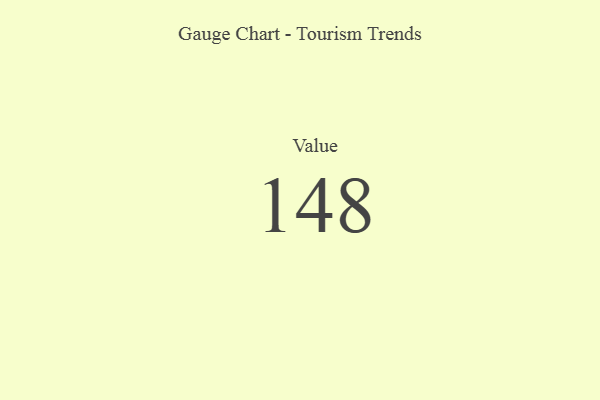
{"axis": {"x": "Metric", "y": "Value"}, "legend": [""], "data": [{"x": "Value", "y": 148, "type": ""}]}